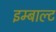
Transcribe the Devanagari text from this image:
इम्बाल्ट